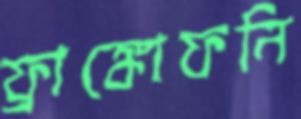
ফ্রাঙ্কোফনি